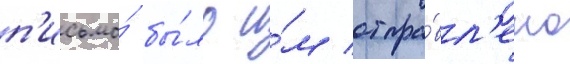
п'исьмо́ бы́ло и́м отпра́вл'ено